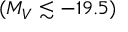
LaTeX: ( M _ { V } \lesssim - 1 9 . 5 )